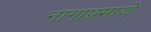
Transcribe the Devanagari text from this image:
नागाप्रमाणे